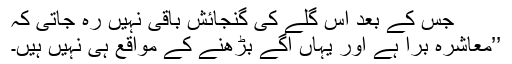
جس کے بعد اس گلے کی گنجائش باقی نہیں رہ جاتی کہ
’’معاشرہ برا ہے اور یہاں آگے بڑھنے کے مواقع ہی نہیں ہیں۔